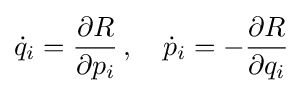
{\dot {q}}_{i}={\frac {\partial R}{\partial p_{i}}}\,,\quad {\dot {p}}_{i}=-{\frac {\partial R}{\partial q_{i}}}